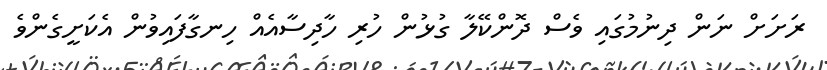
ރަށަށް ނަން ދިނުމުގައި ވެސް ދޮންކޭލާ ގުޅުން ހުރި ހާދިސާއެއް ހިނގާފައިވުން އެކަށީގެންވެ